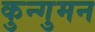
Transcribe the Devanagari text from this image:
कुन्गुमन